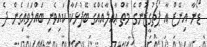
ޑޯނާ އިނޭޒް އާ ޕޯޗުގީޒުންގެ މާތް ޢާއިލާއެއްގެ ބޭފުޅަކާ ކައިވެނި ބައްލަވައިގެން ދެ